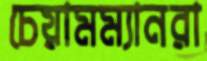
চেয়ামম্যানরা